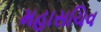
મહાસચિવ